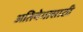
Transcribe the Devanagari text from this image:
अतिवेगासाठी